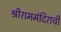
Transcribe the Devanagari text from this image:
श्रीराममंदिराची